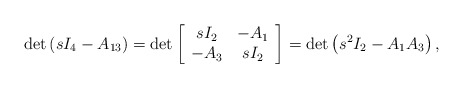
\begin{align*}\det \left( sI_{4}-A_{13}\right) =\det \left[\begin{array}[c]{cc}sI_{2} & -A_{1}\\-A_{3} & sI_{2}\end{array}\right] =\det \left( s^{2}I_{2}-A_{1}A_{3}\right) ,\end{align*}